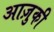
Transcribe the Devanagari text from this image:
आज़ुकी